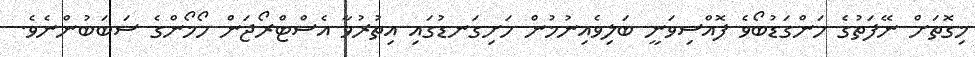
މިގޮތަށް ނޭފަތުގެ ހަންގަޑުބޯވެ ފޮއްސިވަނީ ބަލިވެއިނުމުން ހަށިގަނޑުގައި އިތުރުވާ އެސްޓްރޯޖަން ހޯމޯންގެ ސަބަބުންނެވެ.